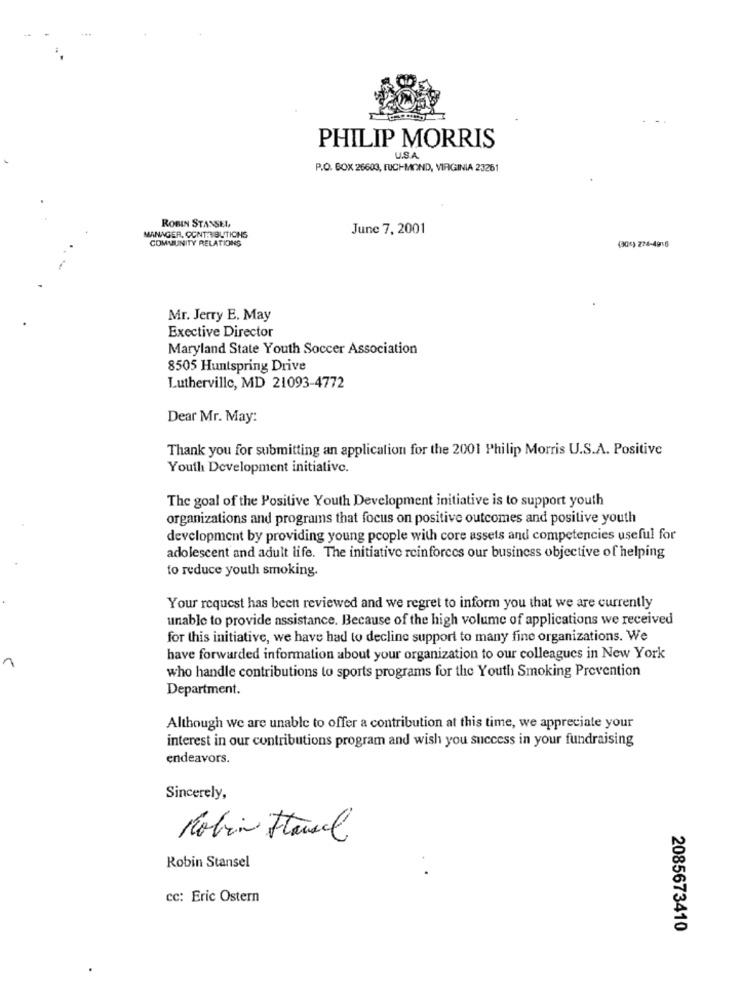
PHILIP MORRIS
U.S.A.
P.O. BOX 26603, FUCHMOND, VIRGINIA 23261
ROBIN STANSEL,
June 7, 2001
MANAGER, CONTRIBUTIONS
COMMUNITY RELATIONS
(30%) 274-4916
Mr. Jerry E. May
Exective Director
Maryland State Youth Soccer Association
8505 Huntspring Drive
Lutherville, MD 21093-4772
Dear Mr. May:
Thank you for submitting an application for the 2001 Philip Morris U.S.A. Positive
Youth Development initiative.
The goal of the Positive Youth Development initiative is to support youth
organizations and programs that focus on positive outcomes and positive youth
development by providing young people with core assets and competencies useful for
adolescent and adult life. The initiative reinforces our business objective of helping
to reduce youth smoking.
Your request has been reviewed and we regret to inform you that we are currently
unable to provide assistance. Because of the high volume of applications we received
for this initiative, we have had to decline support to many fine organizations. We
have forwarded information about your organization to our colleagues in New York
1
who handle contributions to sports programs for the Youth Smoking Prevention
Department.
Although we are unable to offer a contribution at this time, we appreciate your
interest in our contributions program and wish you success in your fundraising
endeavors.
Sincerely,
Robin Faurel
Robin Stansel
cc: Eric Ostern
2085673410